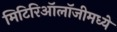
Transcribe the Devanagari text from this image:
मिटिरिऑलॉजीमध्ये